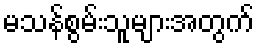
မသန်စွမ်းသူများအတွက်